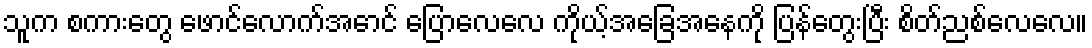
သူက စကားတွေ ဖောင်လောက်အောင် ပြောလေလေ ကိုယ့်အခြေအနေကို ပြန်တွေးပြီး စိတ်ညစ်လေလေ။